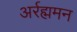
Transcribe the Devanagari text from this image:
अर्रह्ममन